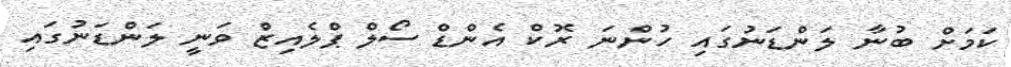
ކަމަށް ބުނާ ލަންޑަނުގައި ހުންނަ ރޮކް އެންޑް ސޯލް ޕްލެއިޒް ވަނީ ލަންޑަނުގައި